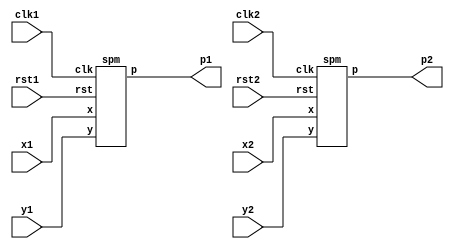
`default_nettype none
// Copyright 2020 Efabless Corporation
//
// Licensed under the Apache License, Version 2.0 (the "License");
// you may not use this file except in compliance with the License.
// You may obtain a copy of the License at
//
//      http://www.apache.org/licenses/LICENSE-2.0
//
// Unless required by applicable law or agreed to in writing, software
// distributed under the License is distributed on an "AS IS" BASIS,
// WITHOUT WARRANTIES OR CONDITIONS OF ANY KIND, either express or implied.
// See the License for the specific language governing permissions and
// limitations under the License.

module manual_macro_placement_test(
    clk1,
    clk2,
    rst1,
    rst2,
    x1,
    x2,
    y1,
    y2,
    p1,
    p2
);
    parameter size = 32;
    input clk1, rst1;
    input clk2, rst2;
    input y1;
    input y2;
    input[size-1:0] x1;
    input[size-1:0] x2;
    output p1;
    output p2;

    spm spm_inst_0 (.clk(clk1), .rst(rst1), .x(x1), .y(y1), .p(p1));
    spm spm_inst_1 (.clk(clk2), .rst(rst2), .x(x2), .y(y2), .p(p2));
endmodule

(* blackbox *)
module spm(clk, rst, x, y, p);
    parameter size = 32;
    input clk, rst;
    input y;
    input[size-1:0] x;
    output p;
endmodule